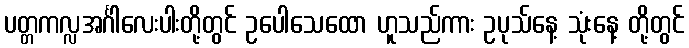
ပတ္တကလ္လအင်္ဂါလေးပါးတို့တွင် ဥပေါသေထော ဟူသည်ကား ဥပုသ်နေ့ သုံးနေ့ တို့တွင်